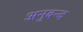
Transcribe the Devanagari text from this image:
अनुबन्द